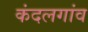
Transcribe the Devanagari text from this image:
कंदलगांव